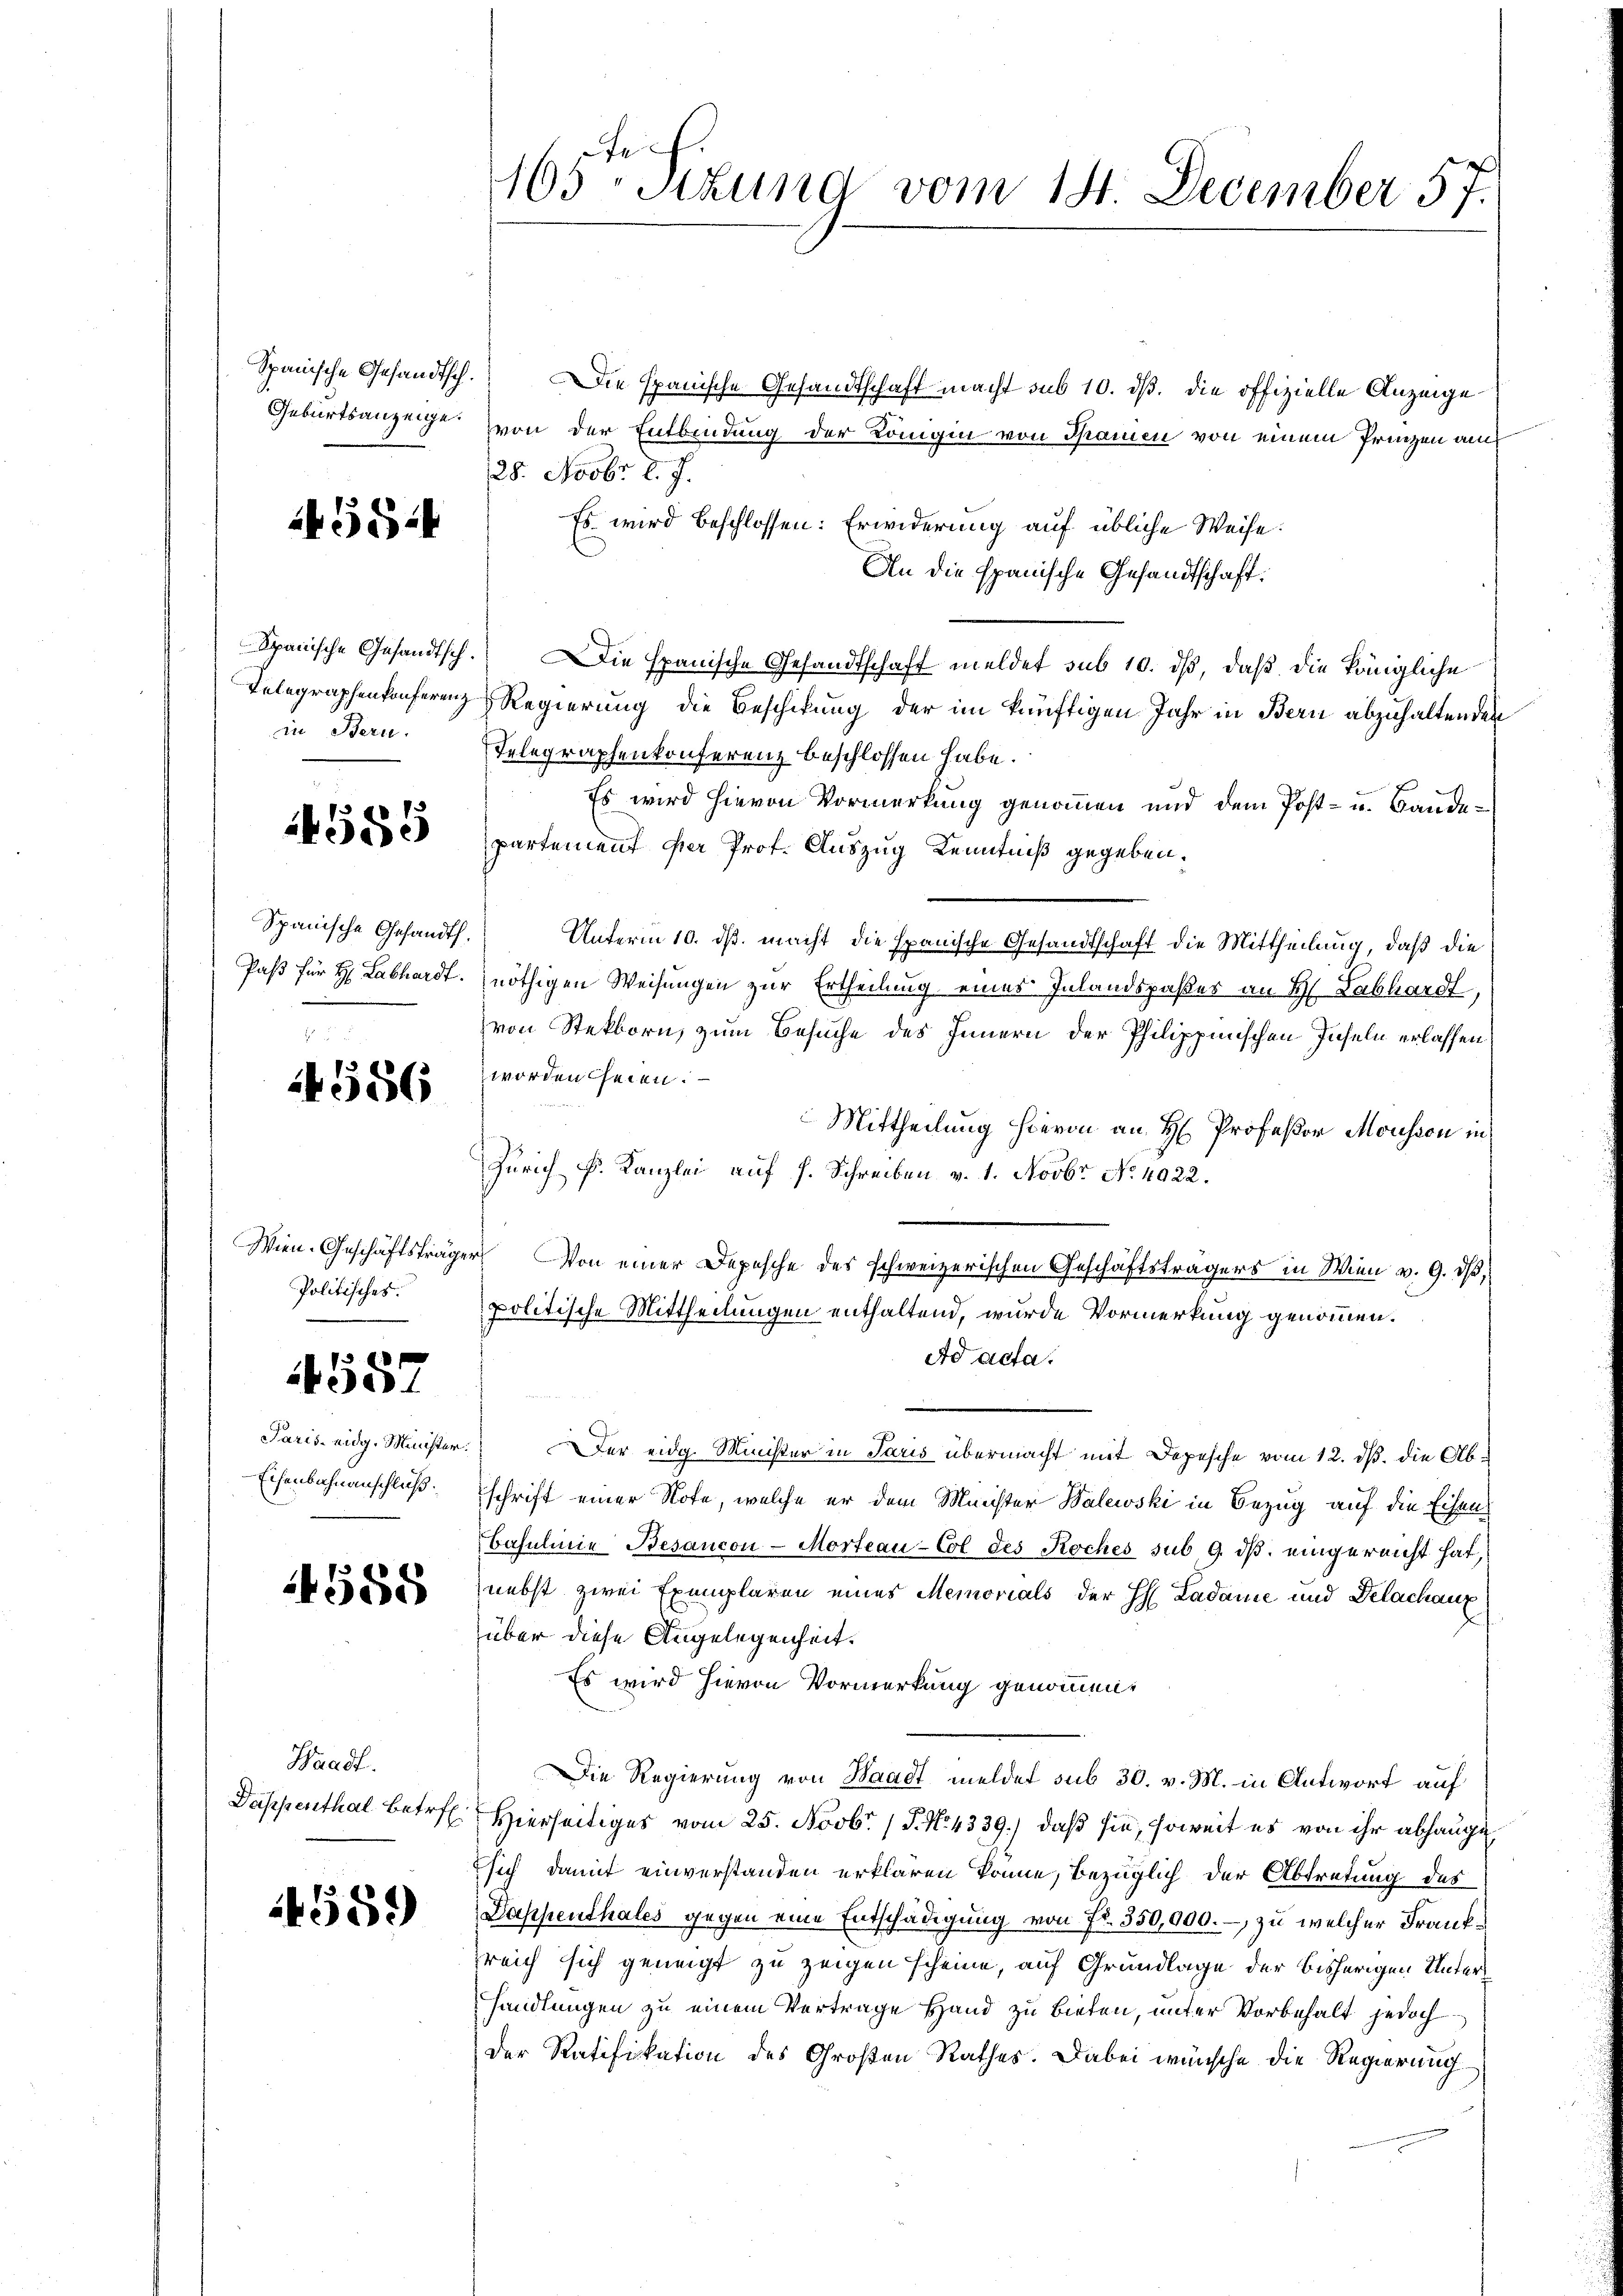
5824

in Bern.

s
85

4556

Politisches.

4582

Paris eidg. Minister
Eisenbahnanschluß.

14588

Waadt.
Dappenthal betreff

4559

Fe
165. Sekund vom 14. December 57.

Spanische Gesandtsch. Die Spanische Gesandtschaft macht sub 10. dß. die offizielle Anzeige
Geburtsanzeige von der Entbindung der Königin von Spanien von einem Prinzen au
28. Novbr. l. J.
Es wird beschlossen: Erwiderung auf übliche Weise.
An die spanische Gesandtschaft.
Spanische Gesandtsch. Die spanische Gesandtschaft meldet sub 10. dβ, daß die königliche
Telegraphenkonferenz Regierung die Beschikung der im künftigen Jahr in Bern abzuhaltende
Telegraphenkonferenz beschlossen habe.
Es wird hievon Vormerkung genommen und dem Post- u. Bandepartement per Prof. Auszug Kenntniß gegeben.
Spanische Gesandth. Unterm 10. ds. macht die Spanische Gesandtschaft die Mittheilung, daß die
Paß für H: Labhardt nöthigen Weisungen zur Ertheilung eines Inlandspaßer an H. Labhardt,
von Stekborn, zum Besuche des Innern der Philippinischen Inseln erlassen
worden heien. —
Mittheilung hievon an H. Profeßor Mousson in
Zürich Fr. Kanzlei auf s. Schreiben v. 1. Novbr No. 4022.
Wien. Geschäftsträger Von einer Depesche des schweizerischen Geschäftsträgers in Wien v. 9. dβ,
politische Mittheilungen enthaltend, wurde Vormerkung genommen.
Ad acta.
. Der eidg. Minister in Paris übermacht mit Depesche vom 12. ds. die Abschrift einer Note, welche er dem Minister Balewski in Bezug auf die Eisen¬
Bahnlinie Besancon-Morteau-Col des Koches sub 9. ds. eingereicht hat,
nebst zwei Exemplaren eines Memorials der H Ladame und Delachanz
über diese Angelegenheit.
Es wird hievon Vormerkung genommmi¬
Die Regierung von Waadt meldet sub 30. v. M. in Antwort auf
Hierseitiges vom 25. Novbr. 15. No 4339.) daß sie, soweit es von ihr abhange
sich damit einverstanden erklären könne, bezüglich der Abtretung des
Dappenthales gegen eine Entschädigung von Fr. 350,000.-, zu welcher Franksreich sich geneigt zu zeigen scheine, auf Grundlage der bisherigen Unterhandlungen zu einem Vertrage Hand zu bieten, unter Vorbehalt jedoch
Der Ratifikation des Großen Rathes. Dabei wünsche die Regierung